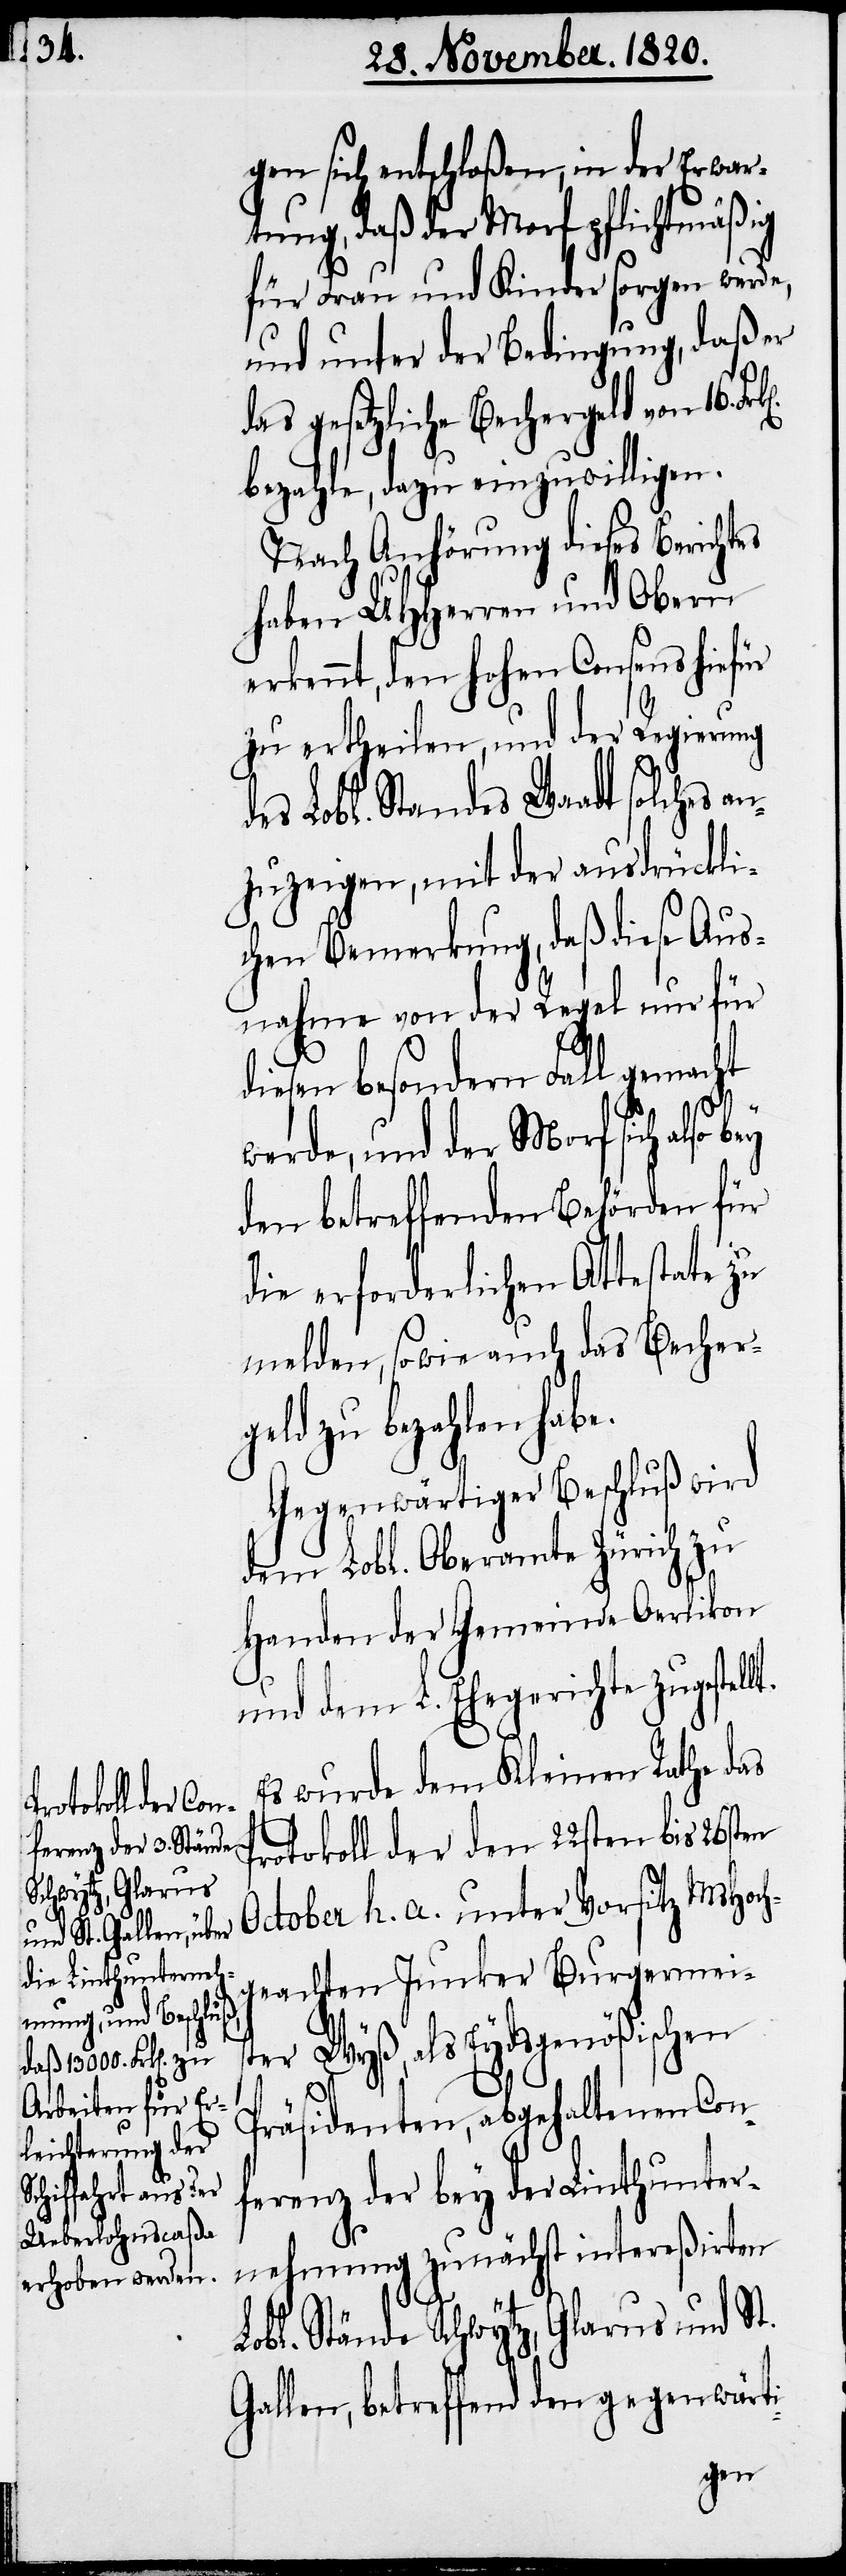
Es wurde dem Kleinen Rathe das
Protokoll der den 22sten bis 26sten
October h. a. unter Vorsitz MHoch¬
geachten Junker Burgermeis¬
ter Wyß, als Eydsgenößischen
Präsidenten, abgehaltenen Con¬
ferenz der bey der Linthunter¬
nehmung zunächst intereßirten
Lobl. Stände Schwytz, Glarus und St.
Gallen, betreffend den gegenwärti-